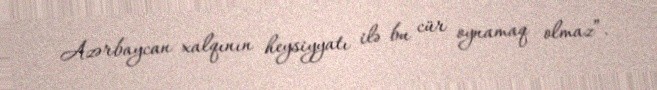
Azərbaycan xalqının heysiyyatı ilə bu cür oynamaq olmaz”.